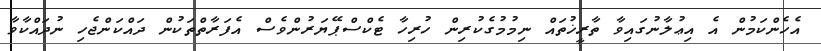
އެހެންކަމުން އެ އިޢުލާނުގައިވާ ތާރީޚުތައް ނިމުމުގެކުރިން ހުރިހާ ޓެކްސްޕޭޔަރުންވެސް އެފަރާތްތަކުން ދައްކަންޖެހި ނުދައްކާވާ